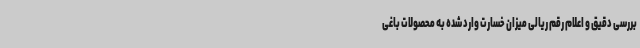
بررسی دقیق و اعلام رقم ریالی میزان خسارت وارد شده به محصولات باغی